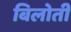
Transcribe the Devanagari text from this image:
बिलोती